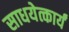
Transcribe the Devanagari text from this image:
साधयेत्कार्यं